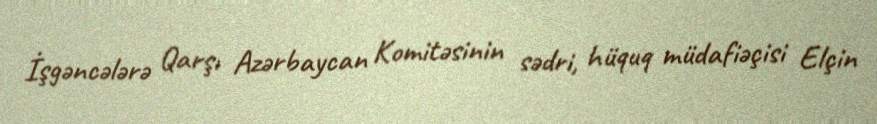
İşgəncələrə Qarşı Azərbaycan Komitəsinin sədri, hüquq müdafiəçisi Elçin